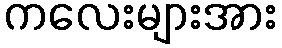
ကလေးများအား